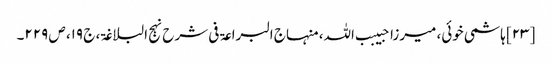
[۲۳] ہاشمی خوئی، میرزا حبیبب اللہ، منہاج البراعۃ فی شرح نہج البلاغۃ، ج ۱۹، ص ۲۲۹۔